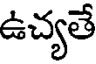
ఉచ్యతే